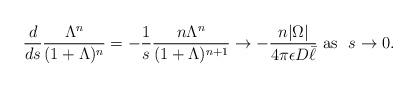
LaTeX: \begin{align*}\frac{d}{ds}\frac{\Lambda^n}{(1+\Lambda)^n}=-\frac{1}{s}\frac{n{\Lambda}^n}{(1+{\Lambda})^{n+1}}\rightarrow -\frac{n|\Omega|}{4\pi \epsilon D\bar{\ell}} \mbox{ as } \ {s\rightarrow 0}.\end{align*}